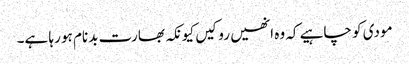
مودی کو چاہیے کہ وہ انھیں روکیں کیونکہ بھارت بدنام ہو رہا ہے۔